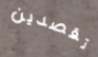
تقصدين